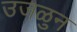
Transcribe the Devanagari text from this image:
उजळुन